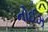
નોઈઝ